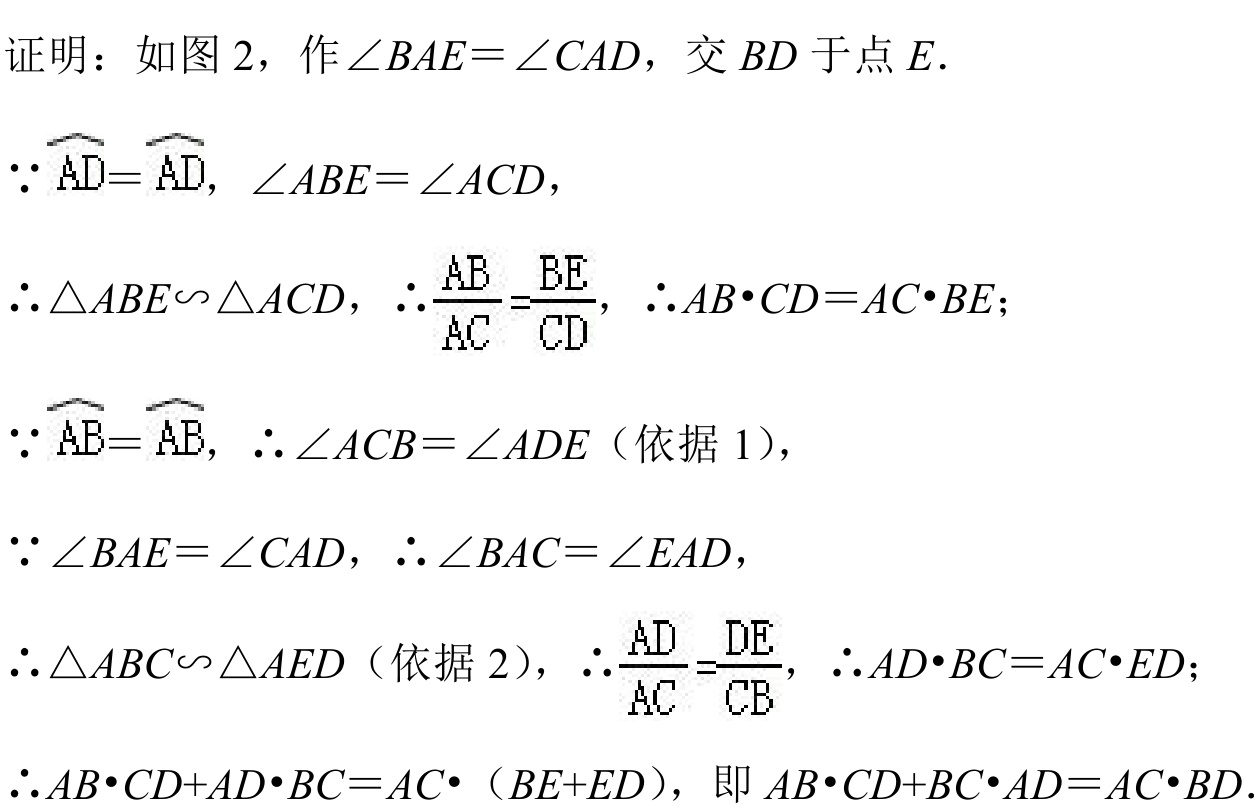
证明：如图 2，作\(\angle BAE=\angle CAD\)，交\(BD\)于点\(E\).
\(\because\overset{\frown}{AD}=\overset{\frown}{AD}\)，\(\angle ABE = \angle ACD\)，
\(\therefore\triangle ABE\sim\triangle ACD\)，\(\therefore\frac{AB}{AC}=\frac{BE}{CD}\)，\(\therefore AB\cdot CD = AC\cdot BE\)；
\(\because\overset{\frown}{AB}=\overset{\frown}{AB}\)，\(\therefore\angle ACB = \angle ADE\)（依据 1），
\(\because\angle BAE=\angle CAD\)，\(\therefore\angle BAC=\angle EAD\)，
\(\therefore\triangle ABC\sim\triangle AED\)（依据 2），\(\therefore\frac{AD}{AC}=\frac{DE}{CB}\)，\(\therefore AD\cdot BC = AC\cdot ED\)；
\(\therefore AB\cdot CD+AD\cdot BC = AC\cdot（BE + ED）\)，即\(AB\cdot CD+BC\cdot AD = AC\cdot BD\).